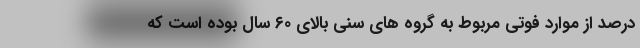
درصد از موارد فوتی مربوط به گروه های سنی بالای ۶۰ سال بوده است که